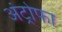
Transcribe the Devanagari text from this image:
अंट्रोफा